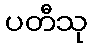
ပတီသု